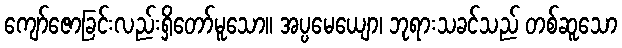
ကျော်ဇောခြင်းလည်းရှိတော်မူသော။ အပ္ပမေယျော၊ ဘုရားသခင်သည် တစ်ဆူသော